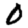
Digit: 0